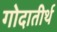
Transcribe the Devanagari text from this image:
गोदातीर्थ